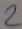
Text: 2